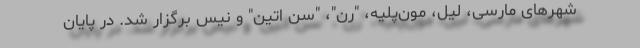
شهرهای مارسی، لیل، مون‌پلیه، "رن"، "سن اتین" و نیس برگزار شد. در پایان